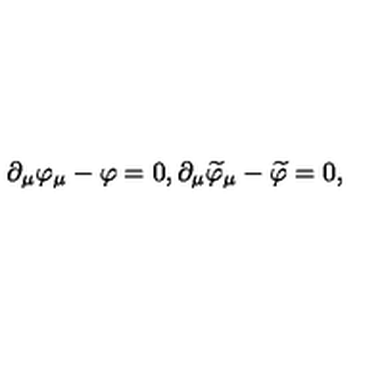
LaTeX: \partial _ { \mu } \varphi _ { \mu } - \varphi = 0 , \partial _ { \mu } \widetilde { \varphi } _ { \mu } - \widetilde { \varphi } = 0 ,